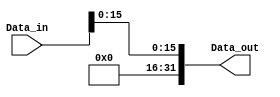
module Load_Size(
	input wire [31:0] Data_in,
	output wire [31:0] Data_out

);

	assign Data_out = {16'b000000000000000, Data_in[15:0]};



endmodule